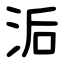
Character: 洉